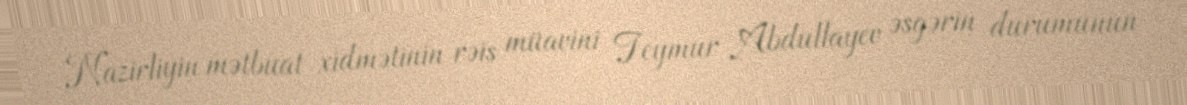
Nazirliyin mətbuat xidmətinin rəis müavini Teymur Abdullayev əsgərin durumunun